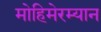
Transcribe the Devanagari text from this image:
मोहिमेरम्यान